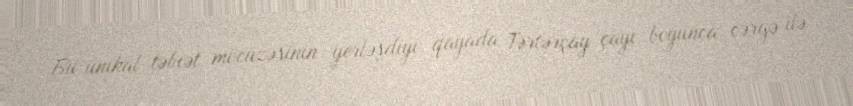
Bu unikal təbiət möcüzəsinin yerləşdiyi qayada Tərtərçay çayı boyunca cərgə ilə